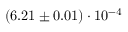
( 6 . 2 1 \pm 0 . 0 1 ) \cdot 1 0 ^ { - 4 }